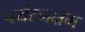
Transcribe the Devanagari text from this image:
पर्यटनक्षम